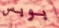
بوبس